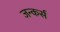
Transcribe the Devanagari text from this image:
जन्कर्स